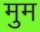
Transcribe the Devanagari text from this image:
मुम